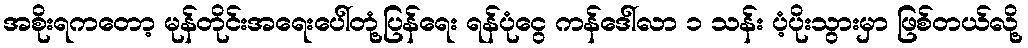
အစိုးရကတော့ မုန်တိုင်းအရေးပေါ်တုံ့ပြန်ရေး ရန်ပုံငွေ ကန်ဒေါ်လာ ၁ သန်း ပံ့ပိုးသွားမှာ ဖြစ်တယ်လို့